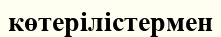
көтерілістермен